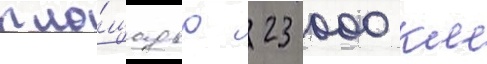
пло́щадью 23 000 км